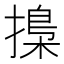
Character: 𢳚